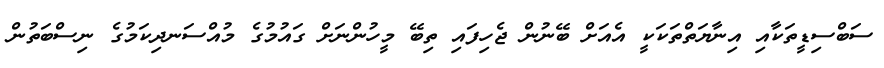
ސަބްސިޑީތަކާއި އިނާޔަތްތަކަކީ އެއަށް ބޭނުން ޖެހިފައި ތިބޭ މީހުންނަށް ގައުމުގެ މުއްސަނދިކަމުގެ ނިސްބަތުން